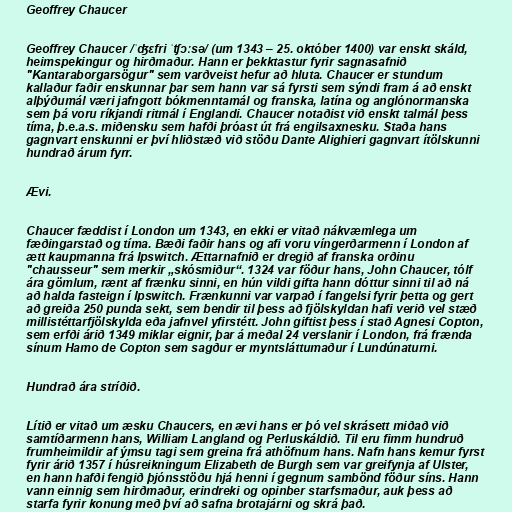
Geoffrey Chaucer

Geoffrey Chaucer /ˈʤɛfri ˈʧɔːsə/ (um 1343 – 25. október 1400) var enskt skáld,
heimspekingur og hirðmaður. Hann er þekktastur fyrir sagnasafnið
"Kantaraborgarsögur" sem varðveist hefur að hluta. Chaucer er stundum
kallaður faðir enskunnar þar sem hann var sá fyrsti sem sýndi fram á að enskt
alþýðumál væri jafngott bókmenntamál og franska, latína og anglónormanska
sem þá voru ríkjandi ritmál í Englandi. Chaucer notaðist við enskt talmál þess
tíma, þ.e.a.s. miðensku sem hafði þróast út frá engilsaxnesku. Staða hans
gagnvart enskunni er því hliðstæð við stöðu Dante Alighieri gagnvart ítölskunni
hundrað árum fyrr.

Ævi.

Chaucer fæddist í London um 1343, en ekki er vitað nákvæmlega um
fæðingarstað og tíma. Bæði faðir hans og afi voru víngerðarmenn í London af
ætt kaupmanna frá Ipswitch. Ættarnafnið er dregið af franska orðinu
"chausseur" sem merkir „skósmiður“. 1324 var föður hans, John Chaucer, tólf
ára gömlum, rænt af frænku sinni, en hún vildi gifta hann dóttur sinni til að ná
að halda fasteign í Ipswitch. Frænkunni var varpað í fangelsi fyrir þetta og gert
að greiða 250 punda sekt, sem bendir til þess að fjölskyldan hafi verið vel stæð
millistéttarfjölskylda eða jafnvel yfirstétt. John giftist þess í stað Agnesi Copton,
sem erfði árið 1349 miklar eignir, þar á meðal 24 verslanir í London, frá frænda
sínum Hamo de Copton sem sagður er myntsláttumaður í Lundúnaturni.

Hundrað ára stríðið.

Lítið er vitað um æsku Chaucers, en ævi hans er þó vel skrásett miðað við
samtíðarmenn hans, William Langland og Perluskáldið. Til eru fimm hundruð
frumheimildir af ýmsu tagi sem greina frá athöfnum hans. Nafn hans kemur fyrst
fyrir árið 1357 í húsreikningum Elizabeth de Burgh sem var greifynja af Ulster,
en hann hafði fengið þjónsstöðu hjá henni í gegnum sambönd föður síns. Hann
vann einnig sem hirðmaður, erindreki og opinber starfsmaður, auk þess að
starfa fyrir konung með því að safna brotajárni og skrá það.